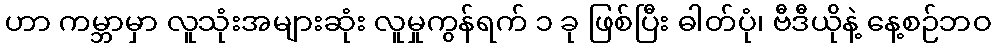
ဟာ ကမ္ဘာမှာ လူသုံးအများဆုံး လူမှုကွန်ရက် ၁ ခု ဖြစ်ပြီး ဓါတ်ပုံ၊ ဗီဒီယိုနဲ့ နေ့စဉ်ဘဝ